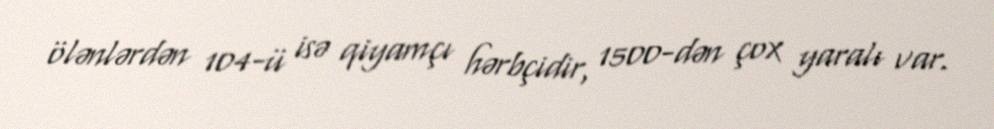
ölənlərdən 104-ü isə qiyamçı hərbçidir, 1500-dən çox yaralı var.